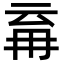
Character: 𭁪